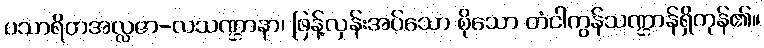
ပသာရိတအလ္လဇာ-လသဏ္ဌာနာ၊ ဖြန့်လှန်းအပ်သော စိုသော တံငါကွန်သဏ္ဌာန်ရှိကုန်၏။